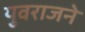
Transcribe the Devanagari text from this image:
युवराजने